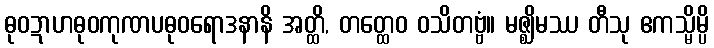
ဓုဝဍာဟဓုဝကုဏပဓုဝရောဒနာနိ အတ္ထိ, တတ္ထေဝ ဝသိတဗ္ဗံ။ မဇ္ဈိမဿ တီသု ဧကသ္မိမ္ပိ